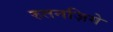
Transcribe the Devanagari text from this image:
रुतनज़िगे